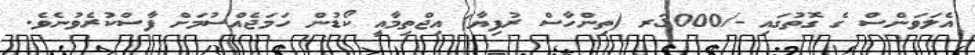
އެލަވަންސް ގެ ގޮތުގައި -/3000ރ (ތިންހާސް ރުފިޔާ) އިޖްތިމާއީ ކޯޑުން ހަމަޖެއްސުމަށް ފާސްކުރެވުނެވެ.